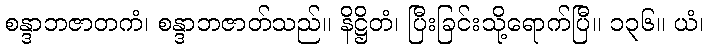
စန္ဒာဘဇာတကံ၊ စန္ဒာဘဇာတ်သည်။ နိဋ္ဌိတံ၊ ပြီးခြင်းသို့ရောက်ပြီ။ ၁၃၆။ ယံ၊